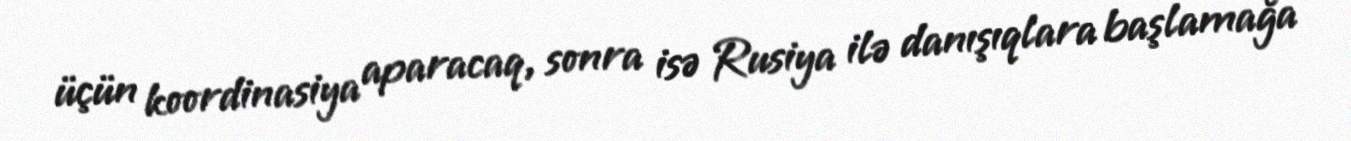
üçün koordinasiya aparacaq, sonra isə Rusiya ilə danışıqlara başlamağa